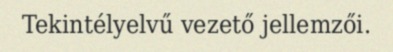
Tekintélyelvű vezető jellemzői.